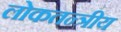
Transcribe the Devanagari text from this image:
लोकतन्त्रीय